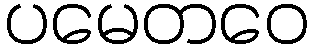
ပမေတဝေ